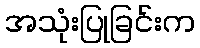
အသုံးပြုခြင်းက